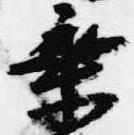
乗